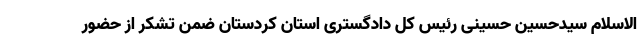
الاسلام سیدحسین حسینی رئیس کل دادگستری استان کردستان ضمن تشکر از حضور